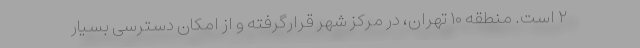
۲ است. منطقه ۱۰ تهران، در مرکز شهر قرارگرفته و از امکان دسترسی بسیار